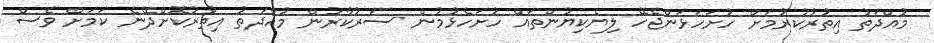
މުއްދަތު އިތުރުކުރުމަށް ހުށަހަޅަންޖެހޭ ލިޔެކިޔުންތައް ހުށަހެޅުމުން ސަރުކާރުން މުއްދަތު އިތުރުކޮށްދޭނެ ކަމަށް ވެސް